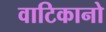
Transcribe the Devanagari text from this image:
वाटिकानो